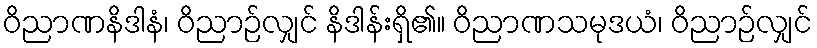
ဝိညာဏနိဒါနံ၊ ဝိညာဉ်လျှင် နိဒါန်းရှိ၏။ ဝိညာဏသမုဒယံ၊ ဝိညာဉ်လျှင်